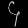
Digit: ၄